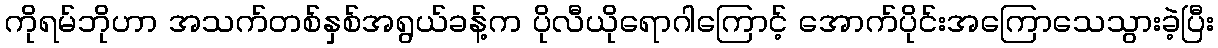
ကိုရမ်ဘိုဟာ အသက်တစ်နှစ်အရွယ်ခန့်က ပိုလီယိုရောဂါကြောင့် အောက်ပိုင်းအကြောသေသွားခဲ့ပြီး